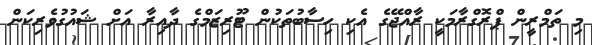
މި ތަމްރީން ޕްރޮގްރާމަކީ ރާއްޖޭގެ އެކި ހިސާބުތަކުން ޓޫރިޒަމްގެ ދާއިރާ އަށް ޝައުގުވެރިކަން